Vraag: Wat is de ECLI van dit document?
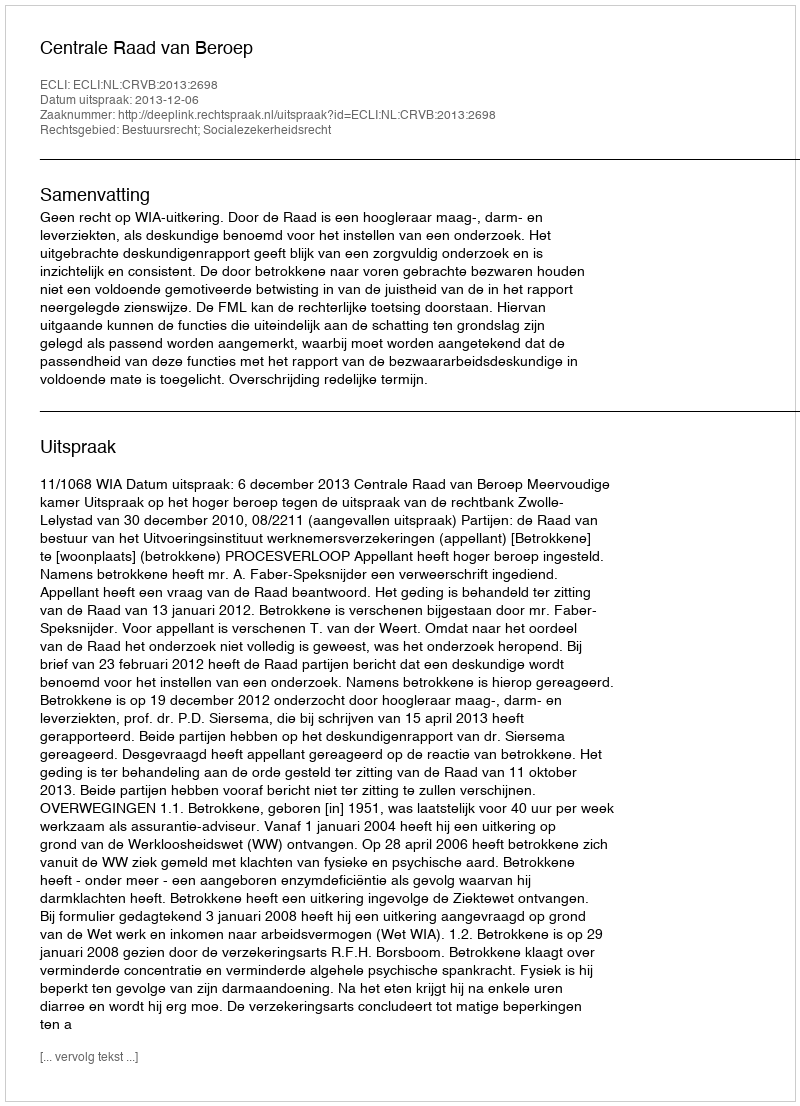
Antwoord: ECLI:NL:CRVB:2013:2698